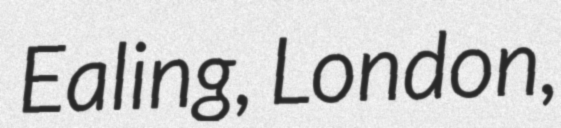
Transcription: Ealing, London,